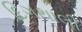
દિગથાલી